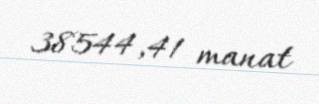
38544,41 manat